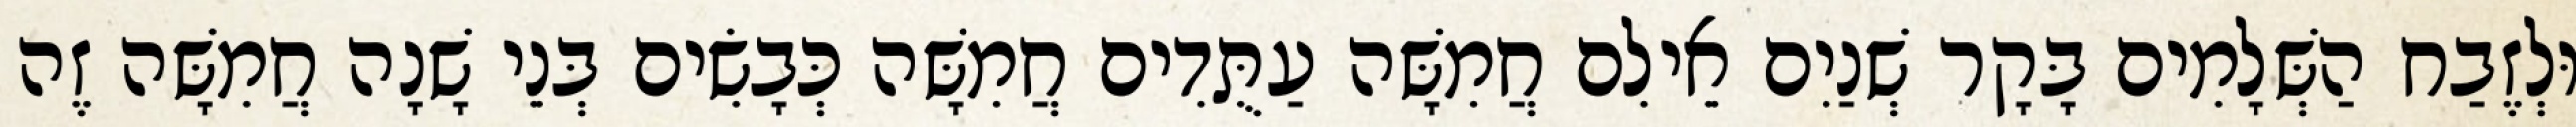
וּלְזֶבַח הַשְּׁלָמִים בָּקָר שְׁנַיִם אֵילִם חֲמִשָּׁה עַתֻּדִים חֲמִשָּׁה כְּבָשִׂים בְּנֵי שָׁנָה חֲמִשָּׁה זֶה